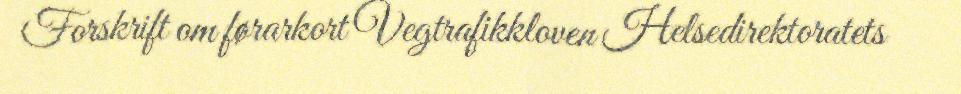
Forskrift om førarkort Vegtrafikkloven Helsedirektoratets